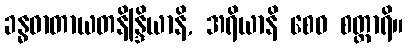
ခန္ဓဓာတာယတနိန္ဒြိယာနိ, အရိယာနိ စေဝ စတ္တာရိ။